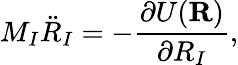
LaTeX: {\displaystyle M_{I}{\ddot{R}}_{I}=-\frac{\partial U({\mathbf R})}{\partial R_{I}}},